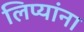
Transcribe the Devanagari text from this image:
लिप्यांना